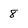
Character: 8